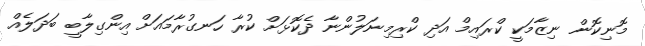
މޮނިކޮން ނިޒާމަކީ ކްރައިމް އަދި ކްރިމިނަލުންނާ ދެކޮޅަށް ކުރާ ހަނގުރާމައަށް އިންގިލާބީ ބަދަލެއް